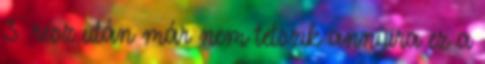
3. rész után már nem tetszik annyira ez a